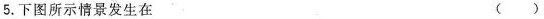
5.下图所示情景发生在 （）